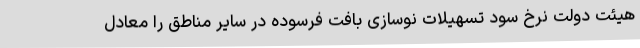
هیئت دولت نرخ سود تسهیلات نوسازی بافت فرسوده در سایر مناطق را معادل